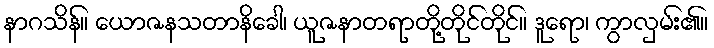
နာဂသိန်။ ယောဇနသတာနိခေါ၊ ယူဇနာတရာတို့တိုင်တိုင်။ ဒူရော၊ ကွာလှမ်း၏။